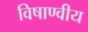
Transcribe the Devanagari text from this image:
विषाण्वीय